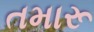
તમારૂ